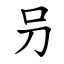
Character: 叧